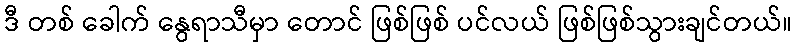
ဒီ တစ် ခေါက် နွေရာသီမှာ တောင် ဖြစ်ဖြစ် ပင်လယ် ဖြစ်ဖြစ်သွားချင်တယ်။